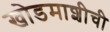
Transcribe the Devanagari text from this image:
खोडमाशीची